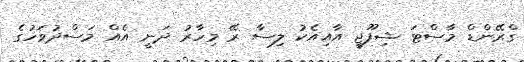
ގްރޭންޑް މާސްޓަ ޝިފޫޖީ އާއިއެކު ލިސާ ރޭ މިހާރު ދަނީ އެއް މަސްދުވަހުގެ